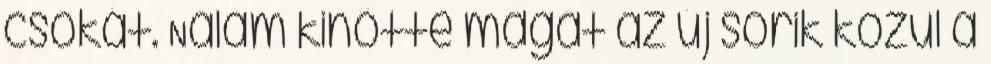
csókát. Nálam kinőtte magát az új sorik közül a